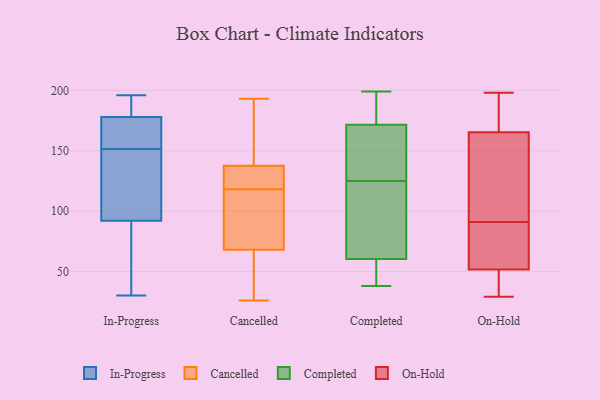
{"axis": {"x": "Satisfaction Score", "y": "Value"}, "legend": ["Cancelled", "Completed", "In-Progress", "On-Hold"], "data": [{"x": "", "y": 153, "type": "In-Progress"}, {"x": "", "y": 69, "type": "In-Progress"}, {"x": "", "y": 150, "type": "In-Progress"}, {"x": "", "y": 196, "type": "In-Progress"}, {"x": "", "y": 30, "type": "In-Progress"}, {"x": "", "y": 123, "type": "In-Progress"}, {"x": "", "y": 56, "type": "In-Progress"}, {"x": "", "y": 178, "type": "In-Progress"}, {"x": "", "y": 92, "type": "In-Progress"}, {"x": "", "y": 180, "type": "In-Progress"}, {"x": "", "y": 143, "type": "In-Progress"}, {"x": "", "y": 155, "type": "In-Progress"}, {"x": "", "y": 185, "type": "In-Progress"}, {"x": "", "y": 182, "type": "In-Progress"}, {"x": "", "y": 42, "type": "In-Progress"}, {"x": "", "y": 164, "type": "In-Progress"}, {"x": "", "y": 168, "type": "In-Progress"}, {"x": "", "y": 98, "type": "In-Progress"}, {"x": "", "y": 26, "type": "Cancelled"}, {"x": "", "y": 133, "type": "Cancelled"}, {"x": "", "y": 46, "type": "Cancelled"}, {"x": "", "y": 124, "type": "Cancelled"}, {"x": "", "y": 116, "type": "Cancelled"}, {"x": "", "y": 61, "type": "Cancelled"}, {"x": "", "y": 89, "type": "Cancelled"}, {"x": "", "y": 191, "type": "Cancelled"}, {"x": "", "y": 52, "type": "Cancelled"}, {"x": "", "y": 118, "type": "Cancelled"}, {"x": "", "y": 154, "type": "Cancelled"}, {"x": "", "y": 193, "type": "Cancelled"}, {"x": "", "y": 96, "type": "Cancelled"}, {"x": "", "y": 128, "type": "Cancelled"}, {"x": "", "y": 139, "type": "Cancelled"}, {"x": "", "y": 56, "type": "Completed"}, {"x": "", "y": 46, "type": "Completed"}, {"x": "", "y": 67, "type": "Completed"}, {"x": "", "y": 156, "type": "Completed"}, {"x": "", "y": 193, "type": "Completed"}, {"x": "", "y": 83, "type": "Completed"}, {"x": "", "y": 38, "type": "Completed"}, {"x": "", "y": 157, "type": "Completed"}, {"x": "", "y": 58, "type": "Completed"}, {"x": "", "y": 160, "type": "Completed"}, {"x": "", "y": 192, "type": "Completed"}, {"x": "", "y": 174, "type": "Completed"}, {"x": "", "y": 125, "type": "Completed"}, {"x": "", "y": 184, "type": "Completed"}, {"x": "", "y": 199, "type": "Completed"}, {"x": "", "y": 51, "type": "Completed"}, {"x": "", "y": 164, "type": "Completed"}, {"x": "", "y": 104, "type": "Completed"}, {"x": "", "y": 81, "type": "Completed"}, {"x": "", "y": 145, "type": "On-Hold"}, {"x": "", "y": 62, "type": "On-Hold"}, {"x": "", "y": 48, "type": "On-Hold"}, {"x": "", "y": 198, "type": "On-Hold"}, {"x": "", "y": 31, "type": "On-Hold"}, {"x": "", "y": 179, "type": "On-Hold"}, {"x": "", "y": 35, "type": "On-Hold"}, {"x": "", "y": 177, "type": "On-Hold"}, {"x": "", "y": 91, "type": "On-Hold"}, {"x": "", "y": 72, "type": "On-Hold"}, {"x": "", "y": 29, "type": "On-Hold"}, {"x": "", "y": 82, "type": "On-Hold"}, {"x": "", "y": 138, "type": "On-Hold"}, {"x": "", "y": 189, "type": "On-Hold"}, {"x": "", "y": 100, "type": "On-Hold"}, {"x": "", "y": 69, "type": "On-Hold"}, {"x": "", "y": 172, "type": "On-Hold"}, {"x": "", "y": 47, "type": "On-Hold"}, {"x": "", "y": 131, "type": "On-Hold"}]}